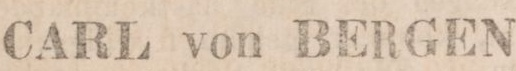
CARL von BERGEN